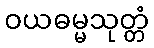
ဝယဓမ္မသုတ္တံ